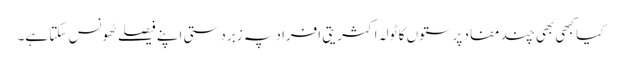
کیا کبھی بھی چند مفاد پرستوں کا ٹولہ اکثریتی افراد پہ زبردستی اپنے فیصلے ٹھونس سکتا ہے۔